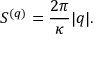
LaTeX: S ^ { ( q ) } = { \frac { 2 \pi } { \kappa } } | q | .